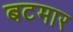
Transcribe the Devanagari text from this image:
बटमार